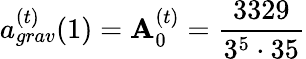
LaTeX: a_{grav}^{(t)}(1)=\mathbf{A}_{0}^{(t)}=\frac{{3329}}{{3^{5}\cdot35}}